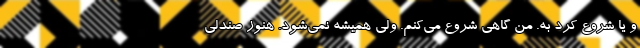
و یا شروع کرد به. من گاهی شروع می‌کنم. ولی همیشه نمی‌شود. هنوز صندلی